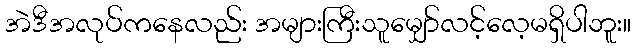
အဲဒီအလုပ်ကနေလည်း အများကြီးသူမျှော်လင့်လေ့မရှိပါဘူး။